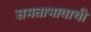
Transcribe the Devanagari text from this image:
समताभावाची